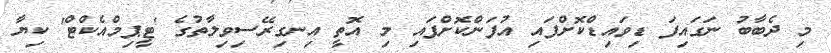
މި ދެބާބު ނަގައިފަ ޑިވައިޑްކޮށްފައި އުފަންކޮށްފައި މި އޮތީ އިނގިރޭސިވިލާތުގެ 'ޓީޕިމްއެކްޓް' ކިޔާ